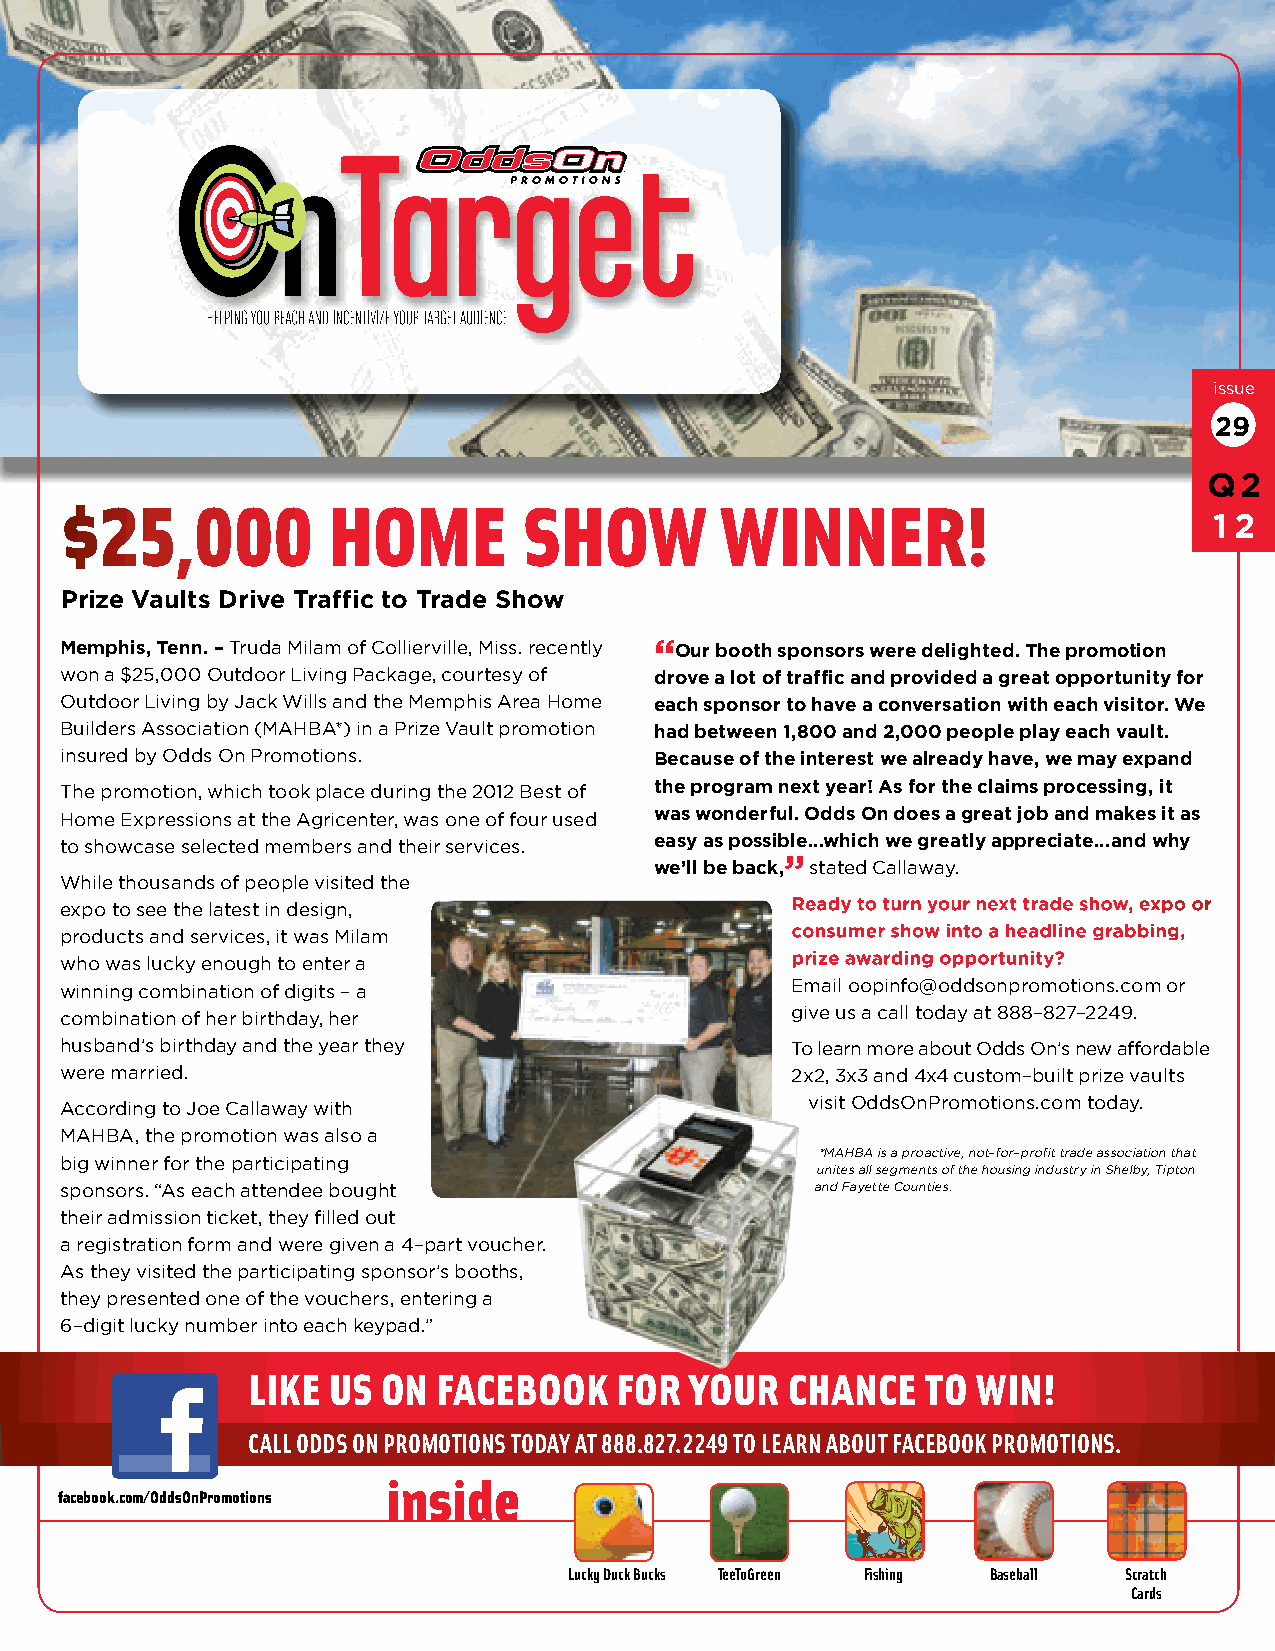
issue
 29
 Q2
 $25,000           HOME         SHOW         WINNER!
 12
 Prize Vaults Drive Traffic to Trade Show
 Memphis, Tenn. – Truda Milam of Collierville, Miss. recently “ Our booth sponsors were delighted. The promotion
 won a $25,000 Outdoor Living Package, courtesy of drove a lot of traffic and provided a great opportunity for
 Outdoor Living by Jack Wills and the Memphis Area Home each sponsor to have a conversation with each visitor. We
 Builders Association (MAHBA*) in a Prize Vault promotion had between 1,800 and 2,000 people play each vault.
 insured by Odds On Promotions.         Because of the interest we already have, we may expand
 The promotion, which took place during the 2012 Best of the program next year! As for the claims processing, it
 Home Expressions at the Agricenter, was one of four used was wonderful. Odds On does a great job and makes it as
 to showcase selected members and their services. easy as possible…which we greatly appreciate…and why
 ”
 we’ll be back, stated Callaway.
 While thousands of people visited the
 expo to see the latest in design,               Ready to turn your next trade show, expo or
 products and services, it was Milam             consumer show into a headline grabbing,
 who was lucky enough to enter a                 prize awarding opportunity?
 winning combination of digits – a               Email oopinfo@oddsonpromotions.com or
 combination of her birthday, her                give us a call today at 888–827–2249.
 husband’s birthday and the year they            To learn more about Odds On’s new affordable
 were married.                                   2x2, 3x3 and 4x4 custom–built prize vaults
 According to Joe Callaway with                    visit OddsOnPromotions.com today.
 MAHBA, the promotion was also a
 *MAHBA is a proactive, not–for–profit trade association that
 big winner for the participating
 unites all segments of the housing industry in Shelby, Tipton
 sponsors. “As each attendee bought                and Fayette Counties.
 their admission ticket, they filled out
 a registration form and were given a 4–part voucher.
 As they visited the participating sponsor’s booths,
 they presented one of the vouchers, entering a
 6–digit lucky number into each keypad.”
 LIKE  US ON  FACEBOOK    FOR  YOUR  CHANCE   TO  WIN!
 CALL ODDS ON PROMOTIONS TODAY AT 888.827.2249 TO LEARN ABOUT FACEBOOK PROMOTIONS.
 inside
 facebook.com/OddsOnPromotions
 Lucky Duck Bucks TeeToGreen Fishing Baseball Scratch
 Cards